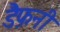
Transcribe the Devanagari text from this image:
डैफ़नी